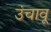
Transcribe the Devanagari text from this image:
उंचावू